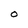
Character: O